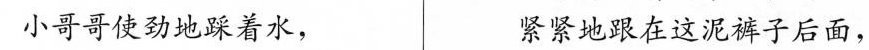
小哥哥使劲地踩着水， 紧紧地跟在这泥裤子后面，